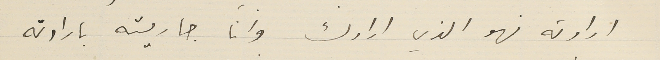
ارادته فهو الذي ارادك وانا جاريته بارادته